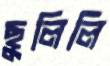
ছুলিলি